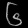
Digit: ၆